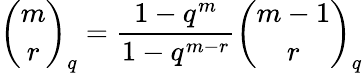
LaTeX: {\binom{m}{r}}_{q}={\frac{1-q^{m}}{1-q^{m-r}}}{\binom{m-1}{r}}_{q}